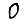
Digit: 0